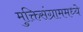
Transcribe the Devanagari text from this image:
मुक्तिसंग्राममध्ये